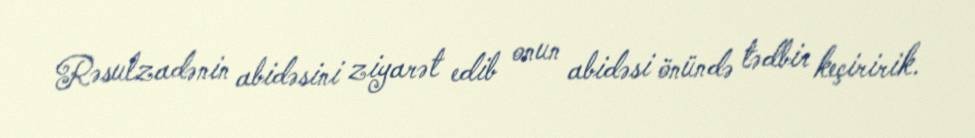
Rəsulzadənin abidəsini ziyarət edib onun abidəsi önündə tədbir keçiririk.